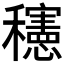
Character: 𰩀